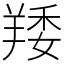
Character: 䍴